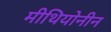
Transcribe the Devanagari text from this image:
मीथियोनीन